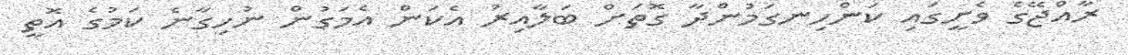
ރާއްޖޭގެ ވެށީގައި ކަންހިނގަމުންދާ ގޮތަށް ބަލާއިރު އެކަން އެމަގުން ނުހިގާނެ ކަމުގެ އޮތީ